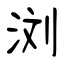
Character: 浏